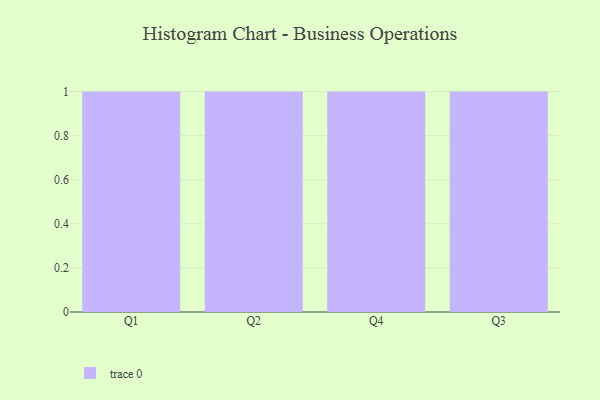
{"axis": {"x": "Quarter", "y": "Shipments"}, "legend": [""], "data": [{"x": "Q1", "y": 19, "type": ""}, {"x": "Q2", "y": 98, "type": ""}, {"x": "Q4", "y": 95, "type": ""}, {"x": "Q3", "y": 85, "type": ""}]}